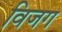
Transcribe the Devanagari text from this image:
विजग